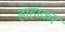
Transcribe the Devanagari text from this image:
हाहाकर